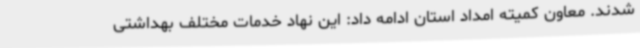
شدند. معاون کمیته امداد استان ادامه داد: این نهاد خدمات مختلف بهداشتی